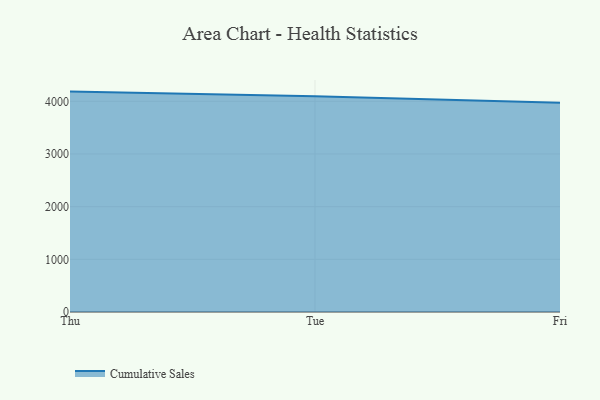
{"axis": {"x": "Day", "y": "Active Users"}, "legend": ["Cumulative Sales"], "data": [{"x": "Thu", "y": 4184.3, "type": "Cumulative Sales"}, {"x": "Tue", "y": 4095.8, "type": "Cumulative Sales"}, {"x": "Fri", "y": 3974.1, "type": "Cumulative Sales"}]}